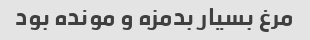
مرغ بسیار بدمزه و مونده بود